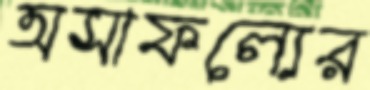
অসাফল্যের